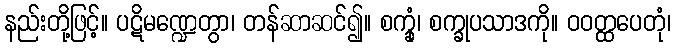
နည်းတို့ဖြင့်။ ပဋိမဏ္ဍေတွာ၊ တန်ဆာဆင်၍။ စက္ခုံ၊ စက္ခုပသာဒကို။ ဝဝတ္ထပေတုံ၊